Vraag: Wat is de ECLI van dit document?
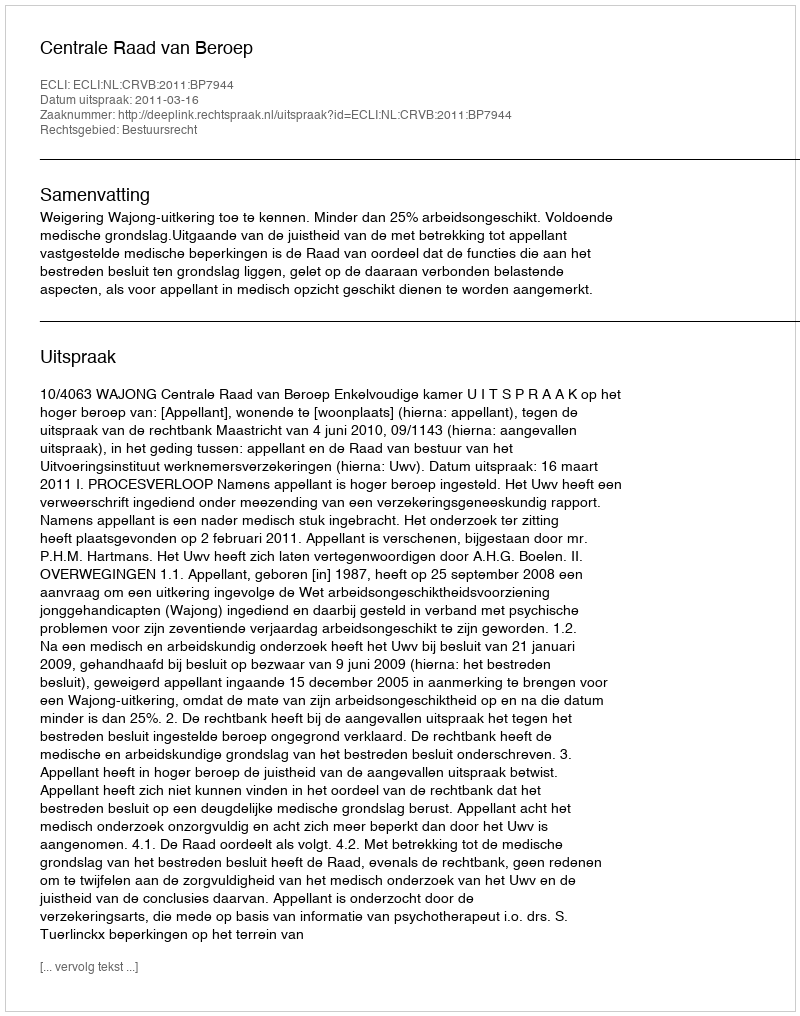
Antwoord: ECLI:NL:CRVB:2011:BP7944